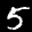
Label: 5